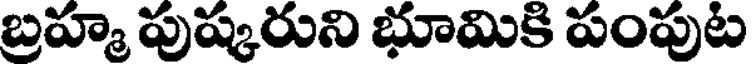
బ్రహ్మ పుష్కరుని భూమికి పంపుట